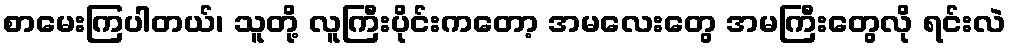
စာမေးကြပါတယ်၊ သူတို့ လူကြီးပိုင်းကတော့ အမလေးတွေ အမကြီးတွေလို ရင်းလဲ